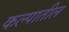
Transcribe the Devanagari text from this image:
कल्पातील